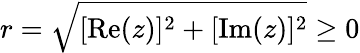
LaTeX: r={\sqrt{[\mathrm{Re}(z)]^{2}+[\mathrm{Im}(z)]^{2}}}\geq 0